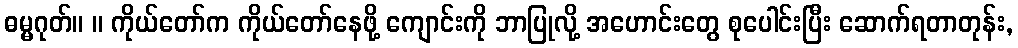
ဓမ္မဂုတ်။ ။ ကိုယ်တော်က ကိုယ်တော်နေဖို့ ကျောင်းကို ဘာပြုလို့ အဟောင်းတွေ စုပေါင်းပြီး ဆောက်ရတာတုန်း,